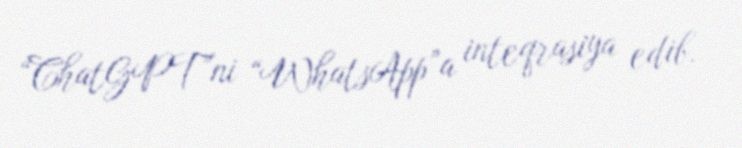
“ChatGPT”ni “WhatsApp”a inteqrasiya edib.